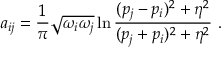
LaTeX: a _ { i j } = \frac { 1 } { \pi } \sqrt { \omega _ { i } \omega _ { j } } \ln \frac { ( p _ { j } - p _ { i } ) ^ { 2 } + \eta ^ { 2 } } { ( p _ { j } + p _ { i } ) ^ { 2 } + \eta ^ { 2 } } ~ .